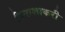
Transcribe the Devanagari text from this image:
विनाशाकरी